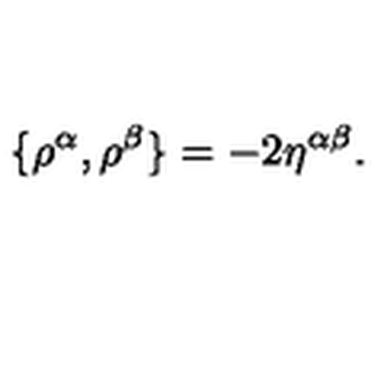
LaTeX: \{ \rho ^ { \alpha } , \rho ^ { \beta } \} = - 2 \eta ^ { \alpha \beta } .